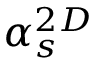
\alpha _ { s } ^ { 2 D }